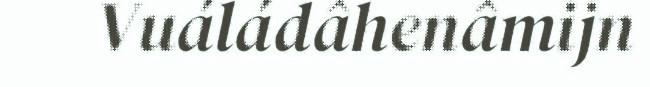
Vuáládâhenâmijn